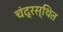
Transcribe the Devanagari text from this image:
चंद्रस्थित